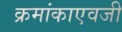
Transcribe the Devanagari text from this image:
क्रमांकाएवजी